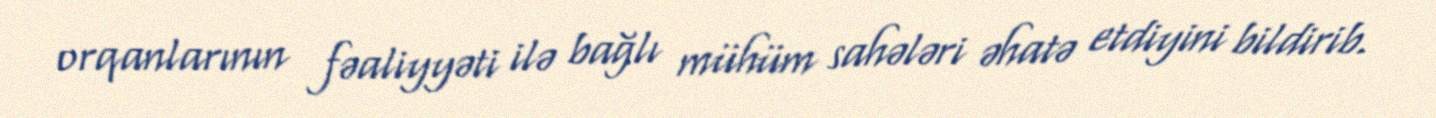
orqanlarının fəaliyyəti ilə bağlı mühüm sahələri əhatə etdiyini bildirib.